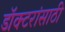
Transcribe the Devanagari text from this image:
डॉक्टरांसाठी